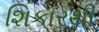
શિકારથી